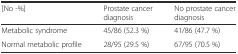
<table><thead><tr><td><b>[No -%]</b></td><td><b>Prostate cancer diagnosis</b></td><td><b>No prostate cancer diagnosis</b></td></tr></thead><tbody><tr><td>Metabolic syndrome</td><td>45/86 (52.3 %)</td><td>41/86 (47.7 %)</td></tr><tr><td>Normal metabolic profile</td><td>28/95 (29.5 %)</td><td>67/95 (70.5 %)</td></tr></tbody></table>